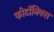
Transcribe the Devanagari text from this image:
फोटॉनिक्‍स